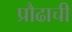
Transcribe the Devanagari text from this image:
प्रौढाची